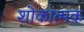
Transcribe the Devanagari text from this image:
शोकात्मक